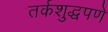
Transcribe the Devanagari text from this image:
तर्कशुद्धपणे